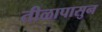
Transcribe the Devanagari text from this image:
तीळापासुन